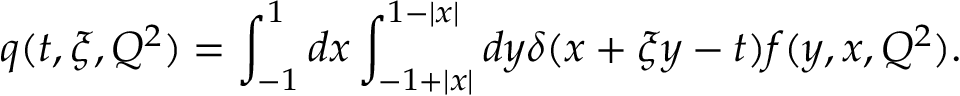
q ( t , \xi , Q ^ { 2 } ) = \int _ { - 1 } ^ { 1 } d x \int _ { - 1 + | x | } ^ { 1 - | x | } d y \delta ( x + \xi y - t ) f ( y , x , Q ^ { 2 } ) .